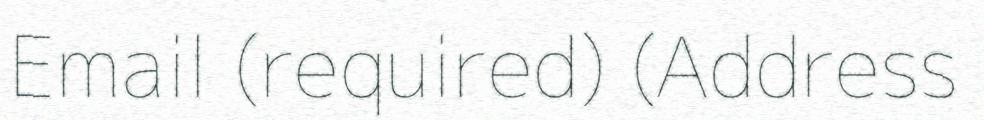
Email (required) (Address